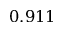
0 . 9 1 1